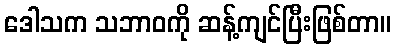
ဒေါသက သဘာဝကို ဆန့်ကျင်ပြီးဖြစ်တာ။